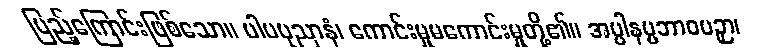
ပြည့်ကြောင်းဖြစ်သော။ ပါပပုညာနံ၊ ကောင်းမှုမကောင်းမှုတို့၏။ အပ္ပါနပ္ပဘာဝပဉှာ၊